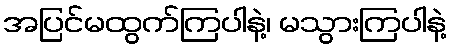
အပြင်မထွက်ကြပါနဲ့၊ မသွားကြပါနဲ့